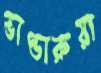
ভাণ্ডারুয়া